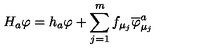
H _ { a } \varphi = h _ { a } \varphi + \sum _ { j = 1 } ^ { m } f _ { \mu _ { j } } \overline { { \varphi } } _ { \mu _ { j } } ^ { a }